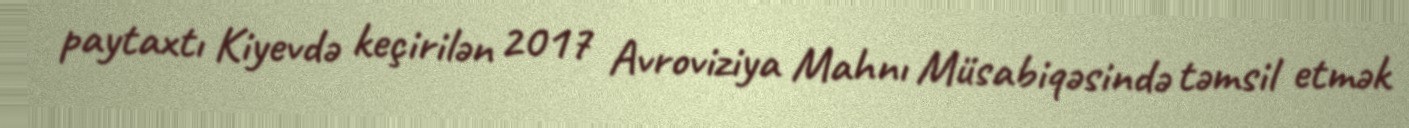
paytaxtı Kiyevdə keçirilən 2017 Avroviziya Mahnı Müsabiqəsində təmsil etmək